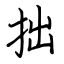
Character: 拙